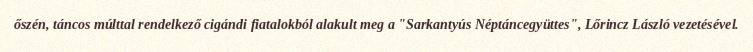
őszén, táncos múlttal rendelkező cigándi fiatalokból alakult meg a "Sarkantyús Néptáncegyüttes", Lőrincz László vezetésével.